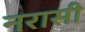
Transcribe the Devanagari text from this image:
नरासी